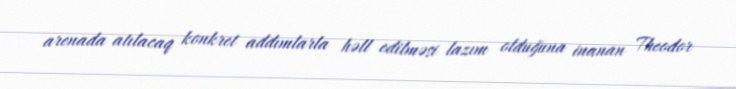
arenada atılacaq konkret addımlarla həll edilməsi lazım olduğuna inanan Theodor